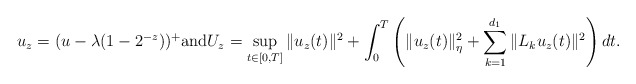
\begin{align*}u_z=(u-\lambda(1-2^{-z}))^+ \textrm{and} U_z=\sup_{t\in[0,T]}\|u_z(t)\|^2+\int_0^T\left( \|u_z(t)\|_{\eta}^2+\sum_{k=1}^{d_1}\|L_ku_z(t)\|^2 \right)dt.\end{align*}